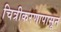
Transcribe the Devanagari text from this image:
चित्रीकरणापासून